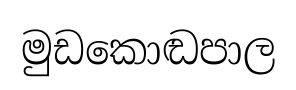
මුඩකොඬපාල